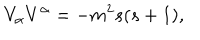
V _ { \alpha } V ^ { \alpha } = - m ^ { 2 } s ( s + 1 ) ,